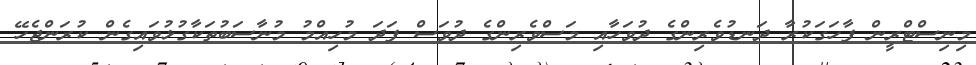
މިނިސްޓްރީން ފާހަގަކުރާ ދަނޑުވެރިންގެ ދުވަހާއި މަސްވެރިންގެ ދުވަސް ފަދަ މުހިއްމު މުނާސަބުތަކާގުޅުވައިގެން ކުރަންޖެހޭ